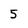
Character: 5